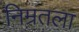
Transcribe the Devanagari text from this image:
निम्रतला